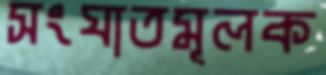
সংঘাতমূলক